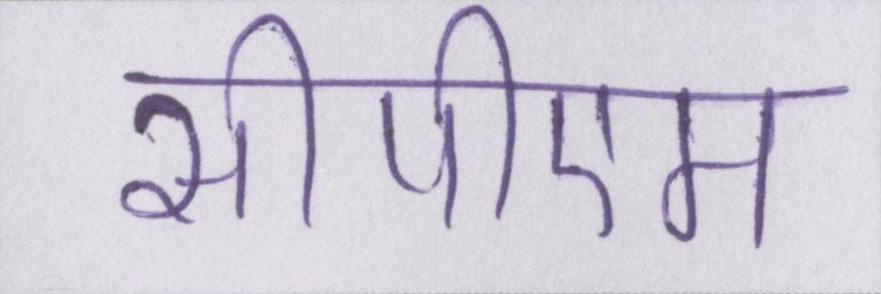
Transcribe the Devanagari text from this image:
सीपीएम